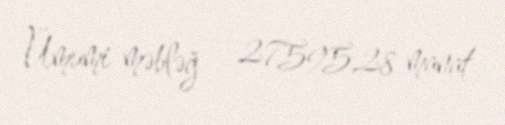
Ümumi məbləğ — 27595,28 manat